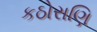
કઠોરાણિ